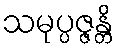
သမုပ္ပဇ္ဇန္တိ